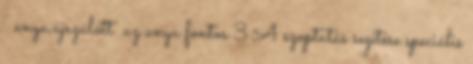
anya,újszülött az anya fontos 3 A szoptatás segítése speciális